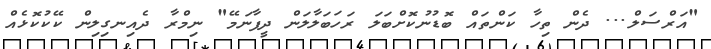
"އަރްސަލް... ދެން ތިހާ ކަންތައް ބޮޑުނުކޮށްބަލަ ރަހަބަލާލަން ދީފާނަމޭ" ނިމްރާ ދެއިނގިލިން ކޭކުކޮޅެއް